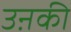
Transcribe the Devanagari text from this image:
उऩकी